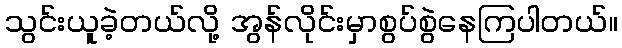
သွင်းယူခဲ့တယ်လို့ အွန်လိုင်းမှာစွပ်စွဲနေကြပါတယ်။